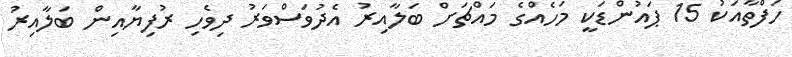
ހަފްތާއަކު 15 ޕައުންޑަކީ މަހެއްގެ މައްޗަށް ބަލާއިރު އެދުވަސްވަރު ދިވެހި ރުފިޔާއިން ބަލާއިރު